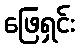
ဖြေရှင်း